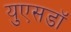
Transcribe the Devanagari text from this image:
युएसडॉ